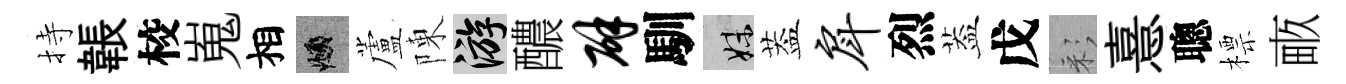
持韔校嵬相頫蘆陳游醲辟馴妹葢戽烈葢戊彩憙聰標畞